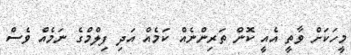
މީހަކަށް ވާތީ އެއީ ކޮން ތަރިންނެއް ކަމެއް އަދި ފިލްމްގެ ނަމެއް ވެސް